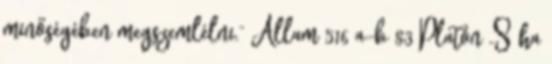
minőségében megszemlélni.” Állam 516 a-b 83 Platón „S ha